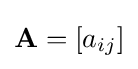
\mathbf {A} =[a_{ij}]